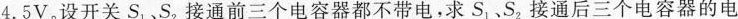
4.5V。设开关S_{1}.S_{2}，接通前三个电容器都不带电，求S_{1}.S_{2}，接通后三个电容器的电